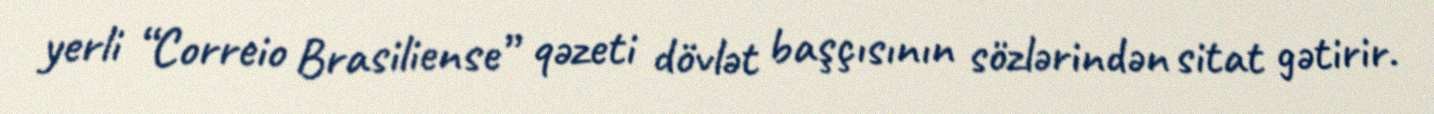
yerli “Correio Brasiliense” qəzeti dövlət başçısının sözlərindən sitat gətirir.